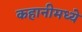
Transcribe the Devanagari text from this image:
कहानीमध्ये